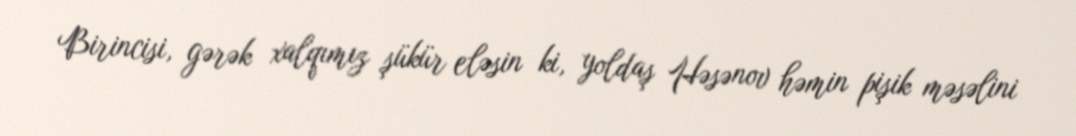
Birincisi, gərək xalqımız şükür eləsin ki, yoldaş Həsənov həmin pişik məsəlini